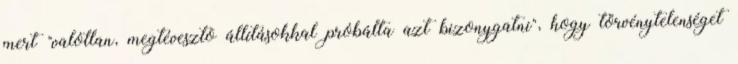
mert "valótlan, megtévesztõ állításokkal próbálta azt bizonygatni", hogy törvénytelenséget